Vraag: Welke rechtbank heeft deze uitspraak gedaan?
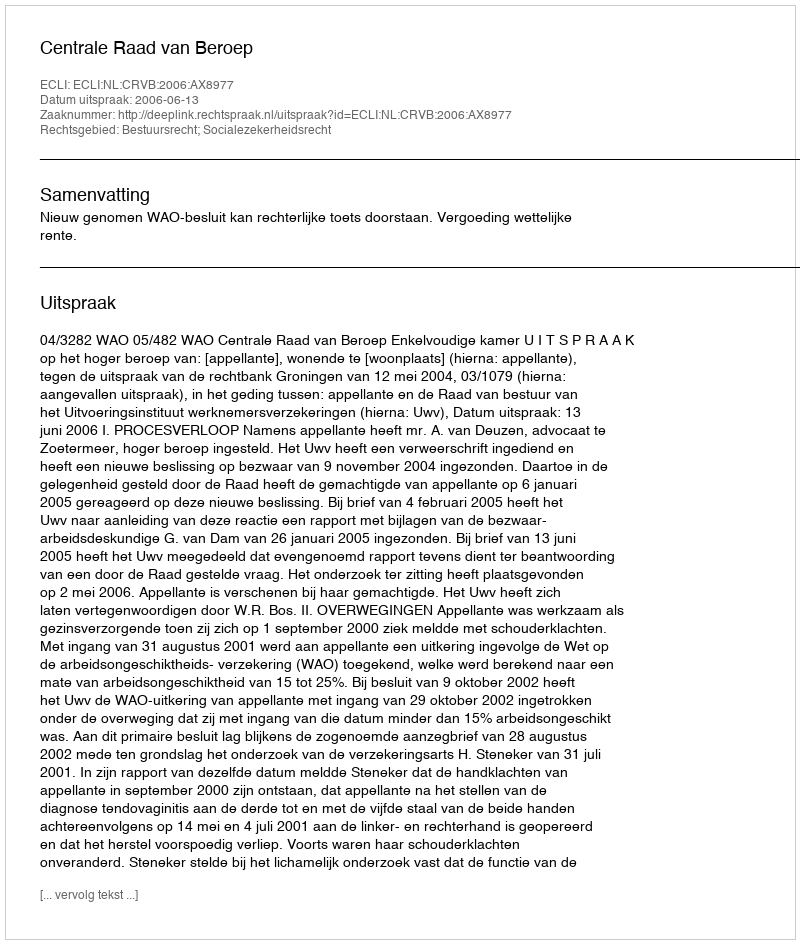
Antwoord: Centrale Raad van Beroep